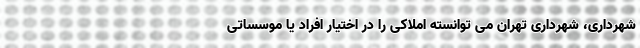
شهرداری، شهرداری تهران می توانسته املاکی را در اختیار افراد یا موسساتی